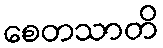
စေတသာတိ